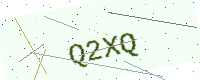
Text: Q2XQ